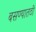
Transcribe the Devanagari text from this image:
बसण्यातठी